Annual statistical returns and brief notes on vaccination in Bengal - 1896-1909
Year: 1896
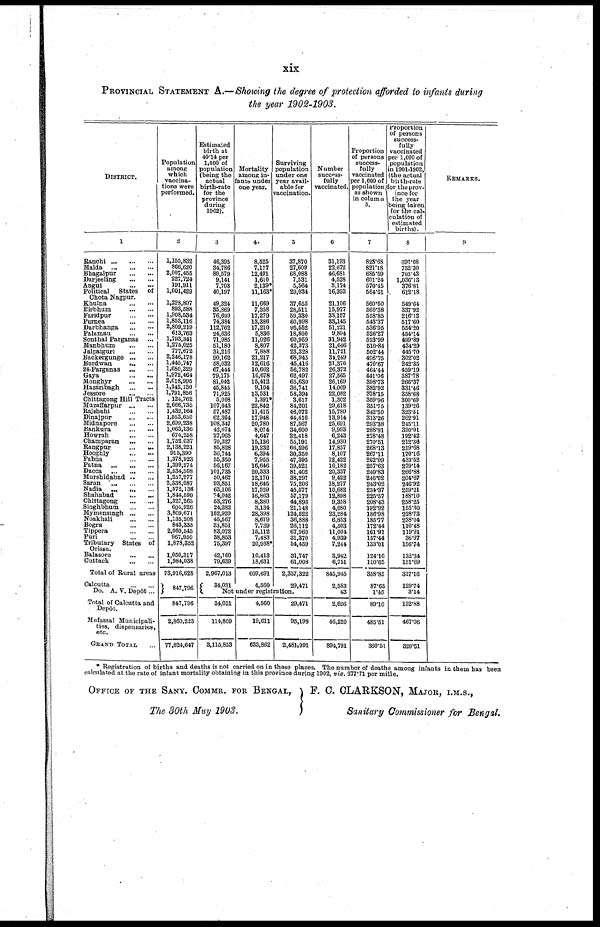
xix
PROVINCIAL STATEMENT A.—Showing the degree of protection afforded to infants during
the year 1902-1903.
DISTRICT.
1
Ranchi
...
...
...
Malda
...
...
...
Bhagalpur
...
...
Darjeeling
...
...
Angul
...
...
Political States of
Chota Nagpur.
Khulna ... ...
Birbhum
...
...
Paridpur ... ...
Purnea
...
...
Darbhanga ... ...
Palamau
...
...
Sonthal Parganas ...
Manbhum
...
...
Jalpaiguri
...
...
Backergunge ... ...
Burdwan ... ...
24-Parganas
...
...
Gaya
...
...
Monghyr
...
...
Hazaribagh
...
...
Jessore
...
...
Chittagong Hill Tracts
Muzaffarpur
...
...
Rajshahi
...
...
Dinajpur
...
...
Midnapore
...
...
Bankura
...
...
Howrah
...
...
Champaran
...
...
Rangpur
...
...
Hooghly
...
...
Pabna
...
...
Patna
...
...
...
Dacca
...
...
...
Murshidabad ... ...
Saran
...
...
...
Nadia
...
...
...
Shahabad
...
...
Chittagong
...
...
Singhbhum
...
...
Mymensingh ... ...
Noakhali
...
...
Bogra
...
...
Tippera
...
...
Puri
...
...
Tributary States of
Orissa.
Balasore
...
...
Cuttack
...
...
Total of Rural areas
Calcutta
...
...
Do. A. V. Depôt...
Total of Calcutta and
Depôt.
Mufassal Municipali-
ties, dispensaries,
etc.
GRAND TOTAL ...
Population
among
which
vaccina-
tions were
performed.
2
1,155,832
866,620
2,007,455
227,724
191,911
1,001,429
1,228,807
893,588
1,908,534
1,853,116
2,809,219
613,763
1,793,341
1,275,025
777,672
2,246,178
1,445,747
1,680,229
1,972,464
2,018,995
1,142,130
1,791,856
124,762
2,666,735
1,432,164
1,553,650
2,699,238
1,063,136
674,258
1,752,037
2,138,221
915,390
1,378,923
1,399,274
2,534,508
1,257,277
2,338,087
1,572,136
1,844,590
1,327,265
604,926
3,809,671
1,135,208
843,335
2,069,545
967,950
1,878,352
1,050,317
1,984,038
73,916,628
847,796
847,796
2,860,223
77,624,647
Estimated
birth at
40.14 per
1,000 of
population
(being the
actual
birth-rate
for the
province
during
1902).
3
46,395
34,786
80,579
9,141
7,703
40,197
49,324
35,869
76,609
74,384
112,762
24,636
71,985
51,180
31,216
90,162
58,032
67,4441
79,175
81,042
45,845
71,925
5,008
107,043
57,487
62,364
108,347
42,674
27,065
70,327
85,828
36,744
55,350
56,167
101,735
50,467
93,851
63,106
74,042
53,276
24,282
152,920
45,567
33,851
83,072
38,853
75,397
42,160
79,639
2,967,013
34,031
Mortality
among in-
fants under
one year.
4
8,525
7,177
12,491
1,610
2,139*
11,163*
11,669
7,358
17,279
13,386
17,210
5,836
11,026
8,807
7,888
21,217
12,616
10,662
16,678
15,412
9,104
13,531
1,391*
22,842
11,415
17,948
20,780
8,074
4,647
15,136
19,232
6,394
7,955
16,646
20,333
12,170
18,645
17,529
16,863
8,380
3,134
28,398
8,679
7,739
15,112
7,483
20,938*
10,413
18,631
609,691
4,560
Surviving
population
under one
year avail-
able for
vaccination.
5
37,870
27,609
68,088
7,531
5,564
29,034
37,655
28,511
59,330
60,998
95,552
18,800
60,959
42,373
23,328
68,945
45,416
56,782
62,497
65,630
36,741
58,394
3,617
84,201
46,072
44,416
87,567
34,600
22,418
55,191
66,596
30,350
47,395
39,521
81,402
38,297
75,206
45,577
57,179
44,896
21,148
124,522
36,888
26,112
67,960
31,370
54,459
31,747
61,008
2,357,322
29,471
Not under registration.
34,031
114,809
3,115,853
4,560
19,611
633,862
29,471
95,198
2,481,991
Number
success-
fully
vaccinated.
6
31,193
22,672
46,681
4,528
3,174
16,393
21,106
15,977
33,157
33,145
51,221
9,894
31,942
21,646
11,721
34,249
21,376
26,372
27,565
26,169
14,069
22,082
1,302
29,618
15,780
13,914
25,691
9,993
6,243
14,930
17,857
8,107
12,422
10,182
20,337
9,422
18,277
10,682
12,898
9,358
4,080
23,284
6,853
4,503
11,004
4,939
7,244
3,942
6,751
845,945
2,583
43
2,626
46,220
894,791
Proportion
of persons
success-
fully
vaccinated
per 1,000 of
population
as shown
in column
5.
7
823.68
821.18
685.59
601.24
570.45
564.61
560.50
560.38
558.85
543.37
536.05
526.27
523.99
510.84
502.44
496.75
470.67
464.44
441.06
398.73
382.92
378.15
359.96
351.75
342.50
313.26
293.38
288.81
278.48
270.51
268.13
267.11
262.09
257.63
249.83
246.02
243.02
234.37
225.57
208.43
192.92
186.98
185.77
172.44
161.91
157.44
133.01
124.16
110.65
358.85
87.65
1.45
89.10
485.51
360.51
Proportion
of persons
success-
fully
vaccinated
per 1,000 of
population
in 1901-1902,
(the actual
birth-rate
or the prov-
ince for
the year
being taken
for the cal-
culation of
estimated
births).
8
691.08
752.30
703.43
1,036.13
376.81
612.18
549.64
337.92
216.12
517.60
554.20
454.14
499.89
434.29
445.70
302.02
242.35
459.19
387.78
266.37
331.46
358.68
300.60
139.26
323.51
262.91
245.11
390.01
192.42
212.36
219.68
170.16
433.52
279.14
266.88
204.67
246.92
259.21
188.10
258.25
155.30
228.73
238.04
110.48
119.91
36.97
156.74
132.34
151.69
317.16
129.74
3.14
132.88
467.06
320.61
REMARKS.
9
* Registration of births and deaths is not carried on in these places. The number of deaths among infants in them has been
calculated at the rate of infant mortality obtaining in this province during 1902, viz. 277.71 per mille.
OFFICE OF THE SANY. COMMR. FOR BENGAL,
The 30th May 1903.
F. C. CLARKSON, MAJOR, I.M.S.,
Sanitary Commissioner for Bengal.